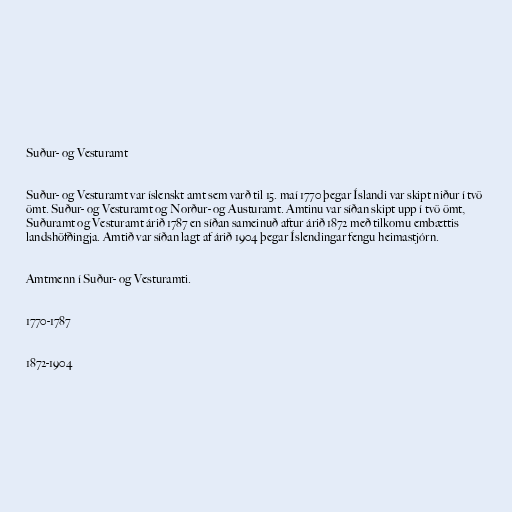
Suður- og Vesturamt

Suður- og Vesturamt var íslenskt amt sem varð til 15. maí 1770 þegar Íslandi var skipt niður í tvö
ömt. Suður- og Vesturamt og Norður- og Austuramt. Amtinu var síðan skipt upp í tvö ömt,
Suðuramt og Vesturamt árið 1787 en síðan sameinuð aftur árið 1872 með tilkomu embættis
landshöfðingja. Amtið var síðan lagt af árið 1904 þegar Íslendingar fengu heimastjórn.

Amtmenn í Suður- og Vesturamti.

1770-1787

1872-1904